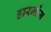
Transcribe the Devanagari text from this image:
हारमोंस